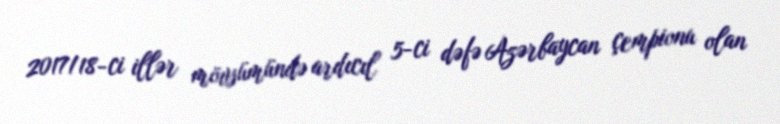
2017/18-ci illər mövsümündə ardıcıl 5-ci dəfə Azərbaycan çempionu olan